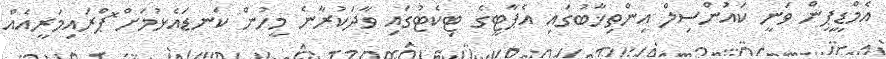
އެމްޑީޕީން ވަނީ ކައުންސިލް އިންތިޚާބުގައި އެޕާޓީގެ ޓިކެޓުގައި ވާދަކުރާނެ މީހުން ކަނޑައެޅުމަށް ޮޕްރައިމަރީއެއް